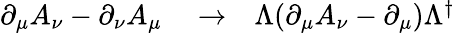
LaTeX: \begin{array}{rlr}{\partial_{\mu}A_{\nu}-\partial_{\nu}A_{\mu}}&{{}\to}&{\Lambda(\partial_{\mu}A_{\nu}-\partial_{\mu})\Lambda^{\dagger}}\end{array}